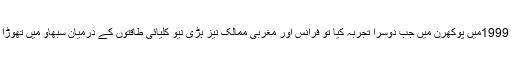
اس کے بعد دہلی نے 1999میں پوکھرن میں جب دوسرا تجربہ کیا تو فرانس اور مغربی ممالک نیز بڑی نیو کلیائی طاقتوں کے درمیان سبھاؤ میں تھوڑا فرق دیکھنے کو ملا۔